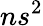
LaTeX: {n}s^{2}